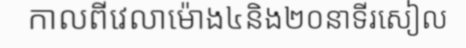
កាលពីវេលាម៉ោង៤និង២០នាទីរសៀល